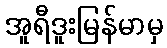
အူရီဒူးမြန်မာမှ